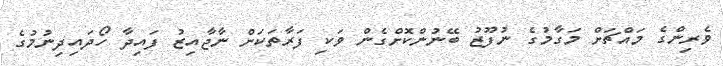
ވެރިންގެ މައްޗަށް މަގާމުގެ ނުފޫޒު ބޭނުންކޮށްގެން ވަކި ފަރާތަކަށް ނާޖާއިޒު ފައިދާ ހޯދައިދިނުމުގެ